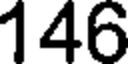
146